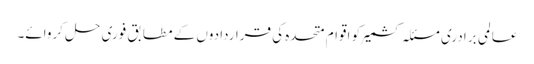
عالمی برادری مسئلہ کشمیر کو اقوام متحدہ کی قراردادوں کے مطابق فوری حل کروائے۔